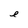
Character: e